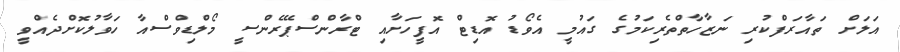
އަލަށް ތައާރަފްކުރި ނަޒާހާތްތެރިކަމުގެ ގައުމީ އެވޯޑު އޮޑިޓް އޮފީހަށާއި ޓްރާންސްޕޭރެންސީ މޯލްޑިވްސްއާ ހަވާލުކޮށްދެއްވީ